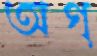
অগ্